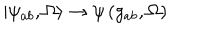
\left| \psi _ { a b } , \Omega \right. \rangle \rightarrow \psi \left( g _ { a b } , \Omega \right)